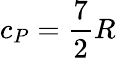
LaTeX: c_{P}={\frac{7}{2}}R